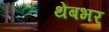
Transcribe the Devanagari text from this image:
थेंबभर